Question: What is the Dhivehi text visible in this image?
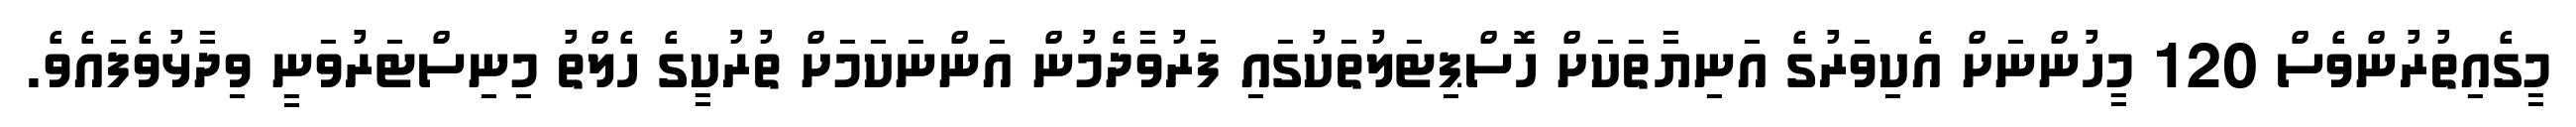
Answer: މީގެއިތުރުންވެސް 120 މީހުންނަށް އެކިވަރުގެ އަނިޔާތަކަށް ހޮސްޕިޓަލުތަކުގައި ފަރުވާދެމުން އަންނަކަމަށް ތުރުކީގެ ހެލްތު މިނިސްޓަރުވަނީ ވިދާޅުވެފައެވެ.